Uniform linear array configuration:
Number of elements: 8
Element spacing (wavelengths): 1
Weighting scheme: uniform
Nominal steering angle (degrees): -45
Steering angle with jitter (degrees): -45.609
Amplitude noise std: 0.05
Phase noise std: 0.05

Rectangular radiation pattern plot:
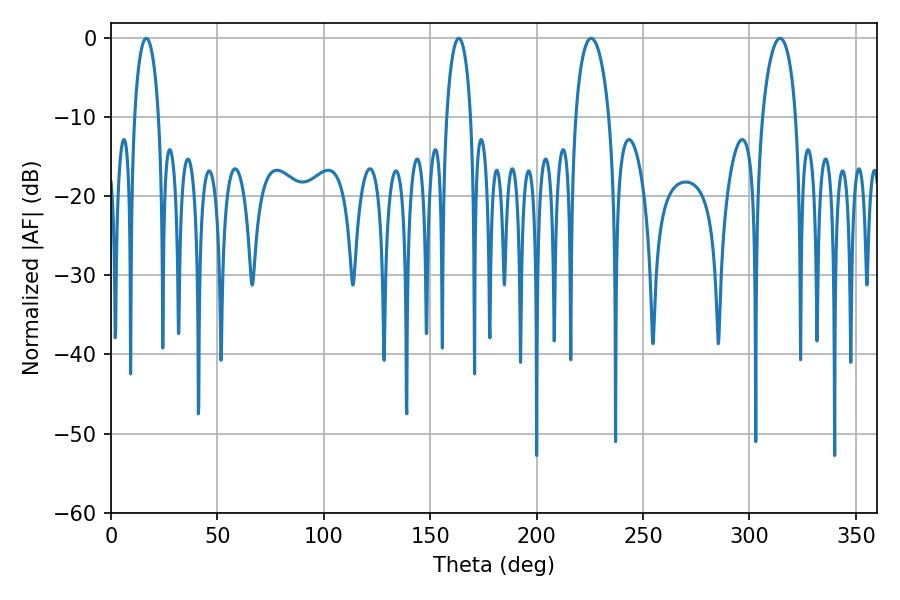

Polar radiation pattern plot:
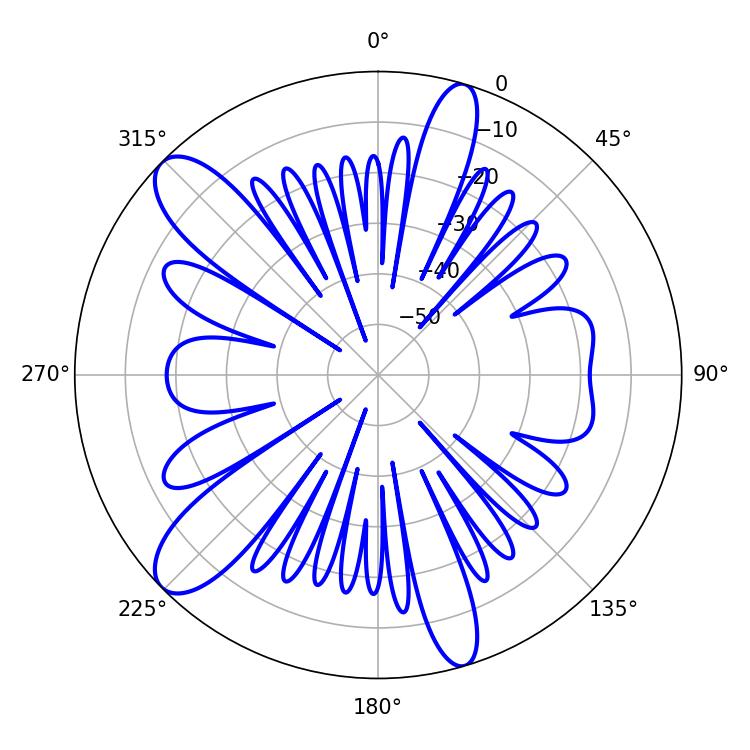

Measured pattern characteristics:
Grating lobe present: TRUE
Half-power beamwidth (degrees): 6.48
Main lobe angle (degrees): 16.56